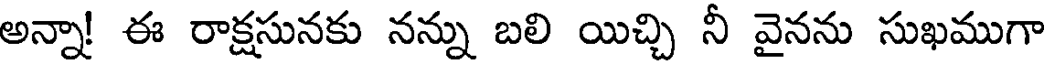
అన్నా! ఈ రాక్షసునకు నన్ను బలి యిచ్చి నీ వైనను సుఖముగా